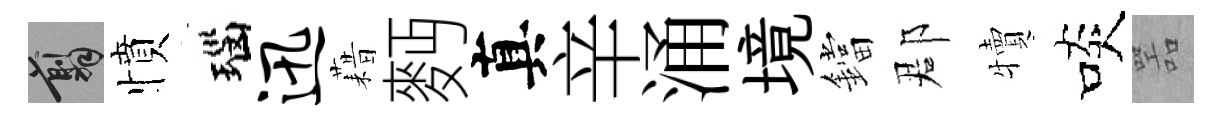
翦憤瑙迅藉麪真辛涌境鐺郡犢啖噐